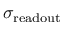
\sigma _ { \mathrm { r e a d o u t } }